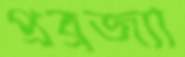
প্রব্রজ্যা